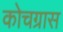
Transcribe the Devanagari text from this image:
कोचग्रास